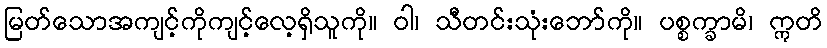
မြတ်သောအကျင့်ကိုကျင့်လေ့ရှိသူကို။ ဝါ၊ သီတင်းသုံးဘော်ကို။ ပစ္စက္ခာမိ၊ ဣတိ